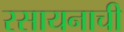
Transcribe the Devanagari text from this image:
रसायनाची